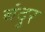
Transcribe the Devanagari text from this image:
बंदूर